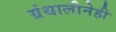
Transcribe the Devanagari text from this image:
ग्रंथालीनेही